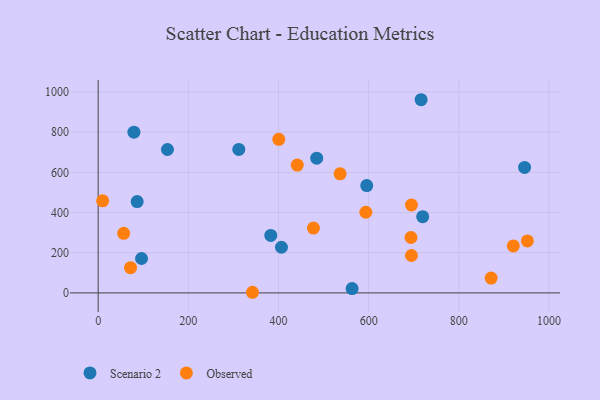
{"axis": {"x": "Engine Size", "y": "Profit"}, "legend": ["Observed", "Scenario 2"], "data": [{"x": "153.7", "y": 713.5, "type": "Scenario 2"}, {"x": "716.4", "y": 961.1, "type": "Scenario 2"}, {"x": "86.5", "y": 454.6, "type": "Scenario 2"}, {"x": "406.6", "y": 227.2, "type": "Scenario 2"}, {"x": "484.8", "y": 670.2, "type": "Scenario 2"}, {"x": "595.8", "y": 534.2, "type": "Scenario 2"}, {"x": "79.3", "y": 799.5, "type": "Scenario 2"}, {"x": "382.9", "y": 286.0, "type": "Scenario 2"}, {"x": "719.9", "y": 379.0, "type": "Scenario 2"}, {"x": "96.2", "y": 171.1, "type": "Scenario 2"}, {"x": "312.0", "y": 714.0, "type": "Scenario 2"}, {"x": "945.9", "y": 624.5, "type": "Scenario 2"}, {"x": "563.3", "y": 21.6, "type": "Scenario 2"}, {"x": "400.7", "y": 764.0, "type": "Observed"}, {"x": "441.7", "y": 636.1, "type": "Observed"}, {"x": "56.6", "y": 296.2, "type": "Observed"}, {"x": "477.5", "y": 322.7, "type": "Observed"}, {"x": "71.8", "y": 125.4, "type": "Observed"}, {"x": "342.3", "y": 3.1, "type": "Observed"}, {"x": "593.7", "y": 401.3, "type": "Observed"}, {"x": "536.7", "y": 592.5, "type": "Observed"}, {"x": "952.1", "y": 258.4, "type": "Observed"}, {"x": "693.9", "y": 275.7, "type": "Observed"}, {"x": "694.9", "y": 186.1, "type": "Observed"}, {"x": "9.9", "y": 458.0, "type": "Observed"}, {"x": "920.9", "y": 233.7, "type": "Observed"}, {"x": "695.0", "y": 437.4, "type": "Observed"}, {"x": "871.7", "y": 73.9, "type": "Observed"}]}